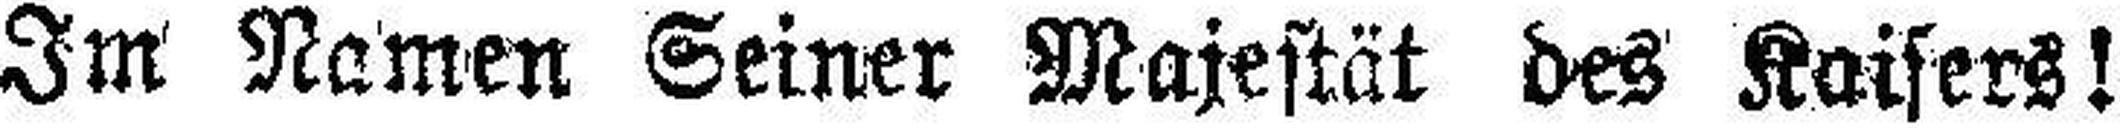
Im Namen Seiner Majestät des Kaisers!